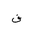
Letter: _fa